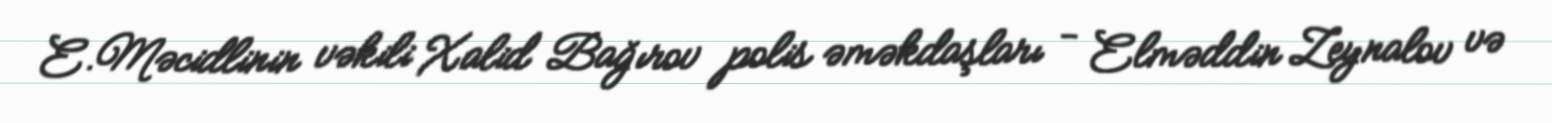
E.Məcidlinin vəkili Xalid Bağırov polis əməkdaşları - Elməddin Zeynalov və